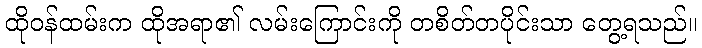
ထိုဝန်ထမ်းက ထိုအရာ၏ လမ်းကြောင်းကို တစိတ်တပိုင်းသာ တွေ့ရသည်။